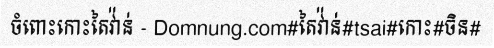
ចំពោះកោះតៃវ៉ាន់ - Domnung.com#តៃវ៉ាន់#tsai#កោះ#ចិន#